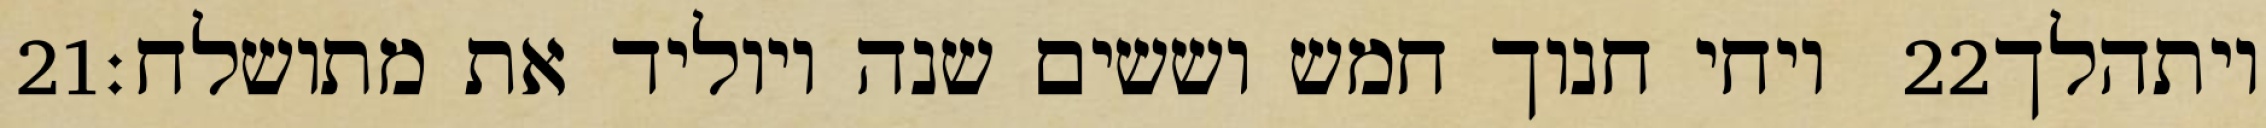
‎21‏ ויחי חנוך חמש וששים שנה ויוליד את מתושלח׃ ‎22‏ ויתהלך